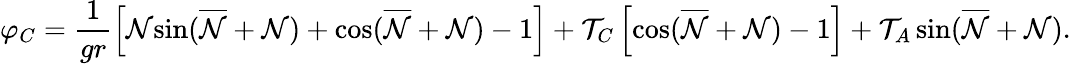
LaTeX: \varphi_{C}=\frac{1}{gr}\left[{\cal{N}}{\sin}(\overline{{{\cal{N}}}}+{\cal{N}})+{\cos}(\overline{{{\cal{N}}}}+{\cal{N}})-1\right]+{\cal T}_{C}\left[{\cos}(\overline{{{\cal{N}}}}+{\cal{N}})-1\right]+{\cal T}_{A}\, {\sin}(\overline{{{\cal{N}}}}+{\cal{N}}).